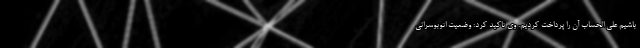
باشیم علی الحساب آن را پرداخت کردیم. وی تاکید کرد: وضعیت اتوبوسرانی